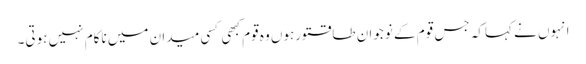
انہوں نے کہاکہ جس قوم کے نوجوان طاقتورہوں وہ قوم کبھی کسی میدان میں ناکام نہیں ہوتی۔